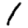
Digit: 1